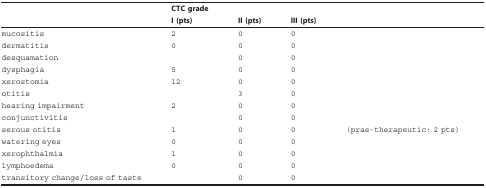
<table><thead><tr><td>[EMPTY_CELL]</td><td><b>CTC grade</b></td><td>[EMPTY_CELL]</td><td>[EMPTY_CELL]</td><td>[EMPTY_CELL]</td></tr><tr><td>[EMPTY_CELL]</td><td><b>I (pts)</b></td><td><b>II (pts)</b></td><td><b>III (pts)</b></td><td>[EMPTY_CELL]</td></tr></thead><tbody><tr><td>mucositis</td><td>2</td><td>0</td><td>0</td><td>[EMPTY_CELL]</td></tr><tr><td>dermatitis</td><td>0</td><td>0</td><td>0</td><td>[EMPTY_CELL]</td></tr><tr><td>desquamation</td><td>[EMPTY_CELL]</td><td>0</td><td>0</td><td>[EMPTY_CELL]</td></tr><tr><td>dysphagia</td><td>5</td><td>0</td><td>0</td><td>[EMPTY_CELL]</td></tr><tr><td>xerostomia</td><td>12</td><td>0</td><td>0</td><td>[EMPTY_CELL]</td></tr><tr><td>otitis</td><td>[EMPTY_CELL]</td><td>3</td><td>0</td><td>[EMPTY_CELL]</td></tr><tr><td>hearing impairment</td><td>2</td><td>0</td><td>0</td><td>[EMPTY_CELL]</td></tr><tr><td>conjunctivitis</td><td>[EMPTY_CELL]</td><td>0</td><td>0</td><td>[EMPTY_CELL]</td></tr><tr><td>serous otitis</td><td>1</td><td>0</td><td>0</td><td>(prae-therapeutic: 2 pts)</td></tr><tr><td>watering eyes</td><td>0</td><td>0</td><td>0</td><td>[EMPTY_CELL]</td></tr><tr><td>xerophthalmia</td><td>1</td><td>0</td><td>0</td><td>[EMPTY_CELL]</td></tr><tr><td>lymphoedema</td><td>0</td><td>0</td><td>0</td><td>[EMPTY_CELL]</td></tr><tr><td>transitory change/loss of taste</td><td>[EMPTY_CELL]</td><td>0</td><td>0</td><td>[EMPTY_CELL]</td></tr></tbody></table>